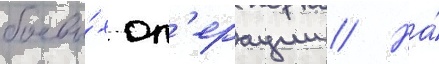
боевы́х оп'ерации // На́